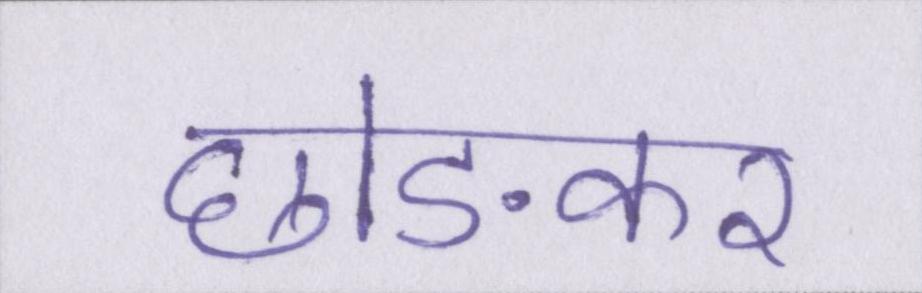
छोङकर